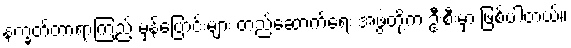
နက္ခတ်တာရာကြည့် မှန်ပြောင်းများ တည်ဆောက်ရေး အဖွဲ့တို့က ဦးစီးမှာ ဖြစ်ပါတယ်။